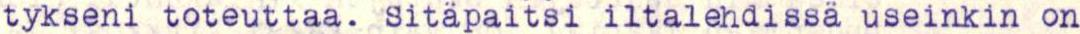
tykseni toteuttaa. Sitäpaitsi iltalehdissä useinkin on